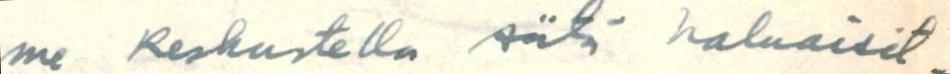
me keskustella siitä haluaisit-